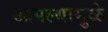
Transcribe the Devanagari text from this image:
आपल्यामुळे